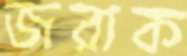
জরাক